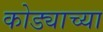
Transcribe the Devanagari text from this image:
कोड्याच्या